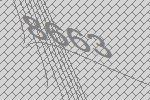
8663